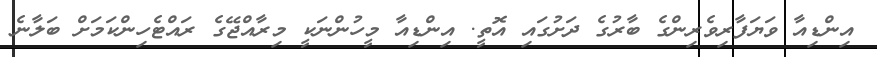
އިންޑިއާ ވަޔަފާރިވެރިންގެ ބާރުގެ ދަށުގައި އޮތީ. އިންޑިއާ މީހުންނަކީ މިރާއްޖޭގެ ރައްޓެހިންކަމަށް ބަލާނެ